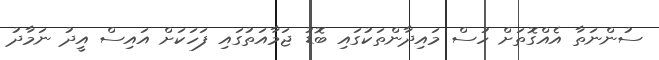
ސުންނަތާ އެއްގޮތަށް ހުސް މައިދާންތަކުގައި ބޮޑު ޖަމާއަތުގައި ފަހަކަށް އައިސް އީދު ނަމާދު